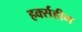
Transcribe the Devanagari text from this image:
हर्क्सहीम